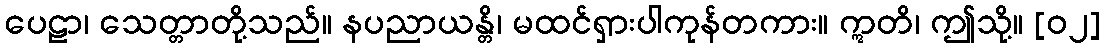
ပေဠာ၊ သေတ္တာတို့သည်။ နပညာယန္တိ၊ မထင်ရှားပါကုန်တကား။ ဣတိ၊ ဤသို့။ [၀၂]